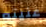
عنيته